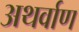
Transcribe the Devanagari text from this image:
अथर्वाण